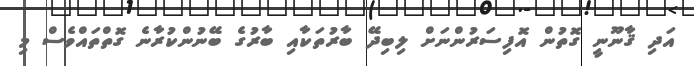
އަދި ޤާނޫނީ ގޮތުން އޮފިސަރުންނަށް ލިބިދޭ ބާރުތަކާއި ބާރުގެ ބޭނުންކުރާނެ ގޮތްތައްވެސް މި